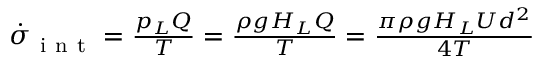
\begin{array} { r } { \dot { \sigma } _ { \mathrm { ~ i ~ n ~ t ~ } } = \frac { p _ { L } Q } { T } = \frac { \rho g H _ { L } Q } { T } = \frac { \pi \rho g H _ { L } U d ^ { 2 } } { 4 T } } \end{array}